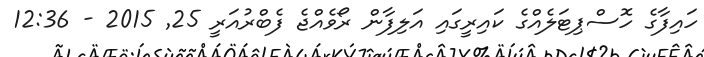
ހައިފާގެ ހޮސްޕިޓަލެއްގެ ކައިރީގައި އަލިފާން ރޯވެއްޖެ ފެބްރުއަރީ 25